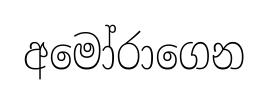
අමෝරාගෙන